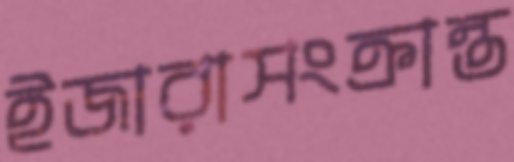
ইজারাসংক্রান্ত